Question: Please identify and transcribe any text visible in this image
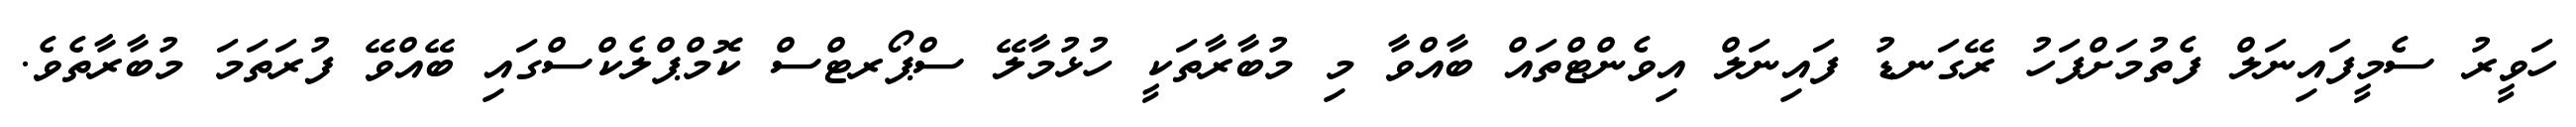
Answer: ހަވީރު ސެމީފައިނަލް ފެތުމަށްފަހު ރޭގަނޑު ފައިނަލް އިވެންޓްތައް ބާއްވާ މި މުބާރާތަކީ ހުޅުމާލޭ ސްޕޯރޓްސް ކޮމްޕްލެކްސްގައި ބޭއްވޭ ފުރަތަމަ މުބާރާތެވެ.